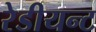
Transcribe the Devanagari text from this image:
रेडीयन्ट